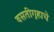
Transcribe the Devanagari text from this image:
वसतीगृहाचे